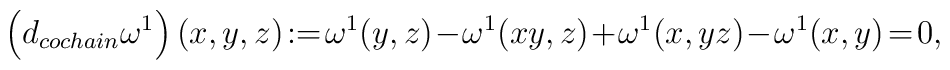
\left(d_{cochain}\omega^1\right)(x,y,z)\!:=\!\omega^1(y,z)\!-\!\omega^1(xy,z)\!+\!\omega^1(x,yz)\!-\!\omega^1(x,y)\!=\!0,